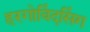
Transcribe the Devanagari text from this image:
हरगोविंदसिंग